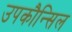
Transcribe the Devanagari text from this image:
उपकौन्सिल